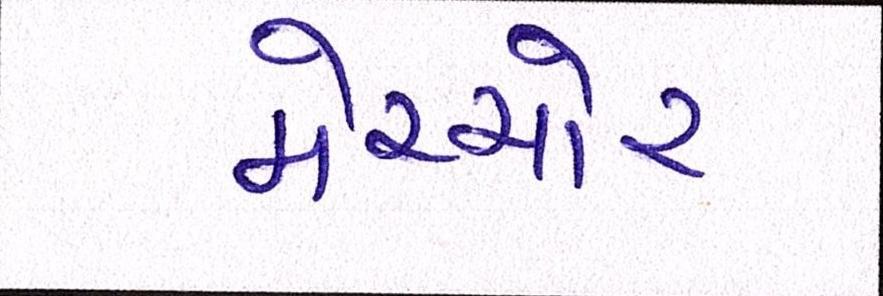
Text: મેચ્યોર